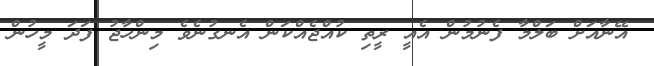
އޭނާއަށް ބަލްމާ ފެނުމުން އެއީ ރީތި ކުއްޖެއްކަން އެނގުނެވެ މިންހާޖު ފަދަ މީހުން